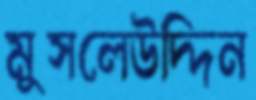
মুসলেউদ্দিন